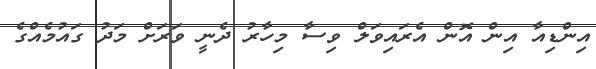
އިންޑިއާ އިން އޮން އެރައިވަލް ވިސާ މިހާރު ދެނީ ވަރަށް މަދު ގައުމެއްގެ